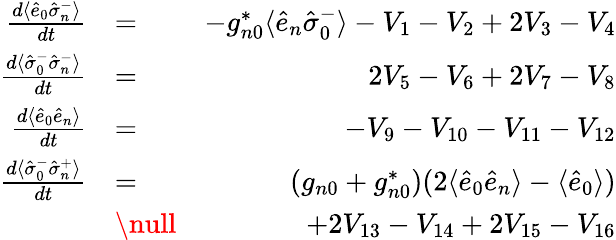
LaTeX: \begin{array}{rlr}{\frac{d\langle\hat{e}_{0}\hat{\sigma}_{n}^{-}\rangle}{dt}}&{=}&{-g_{n0}^{*}\langle\hat{e}_{n}\hat{\sigma}_{0}^{-}\rangle-V_{1}-V_{2}+2V_{3}-V_{4}}\\ {\frac{d\langle\hat{\sigma}_{0}^{-}\hat{\sigma}_{n}^{-}\rangle}{dt}}&{=}&{2V_{5}-V_{6}+2V_{7}-V_{8}}\\ {\frac{d\langle\hat{e}_{0}\hat{e}_{n}\rangle}{dt}}&{=}&{-V_{9}-V_{10}-V_{11}-V_{12}}\\ {\frac{d\langle\hat{\sigma}_{0}^{-}\hat{\sigma}_{n}^{+}\rangle}{dt}}&{=}&{(g_{n0}+g_{n0}^{*})(2\langle\hat{e}_{0}\hat{e}_{n}\rangle-\langle\hat{e}_{0}\rangle)}\\ &{\null}&{+2V_{13}-V_{14}+2V_{15}-V_{16}}\end{array}